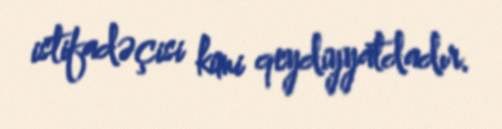
istifadəçisi kimi qeydiyyatdadır.